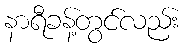
နာရီခန့်တွင်လည်း